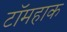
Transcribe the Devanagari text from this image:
टॉमहाक